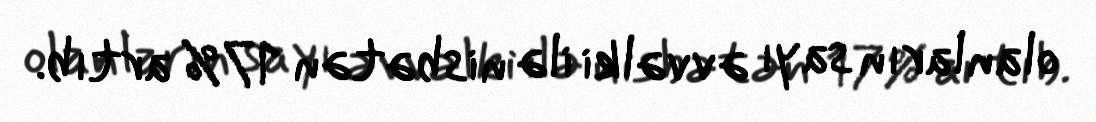
olanların sayı əvvəlki ilə nisbətən 17% artıb.